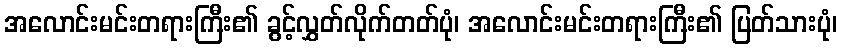
အလောင်းမင်းတရားကြီး၏ ခွင့်လွှတ်လိုက်တတ်ပုံ၊ အလောင်းမင်းတရားကြီး၏ ပြတ်သားပုံ၊